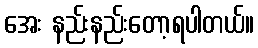
အေး နည်းနည်းတော့ရပါတယ်။